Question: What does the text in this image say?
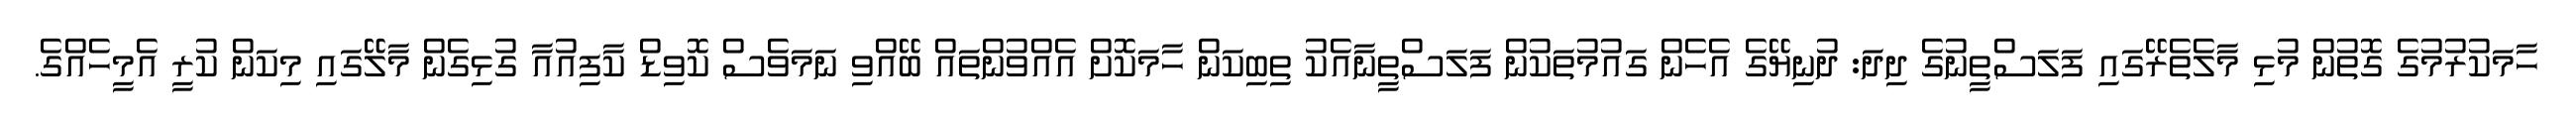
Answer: ހާމަކުރުމުގެ ގޮތުން މުޅި މާލެތެރޭގައި ފަލަސްތީނުގެ ދިދަ: ދުނިޔޭގެ އެހެން ގައުމުތަކުން ފަލަސްތީނާއެކު ތިބިކަން ހާމަކޮށް އެއްވުންތައް ބޭއްވި ނަމަވެސް ކޮވިޑް ކާފިއުއާ ގުޅިގެން މާލޭގައި މިކަން ކުރީ އެމީހެއްގެ.